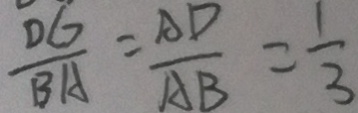
\frac { D G } { B A } = \frac { A D } { A B } = \frac { 1 } { 3 }